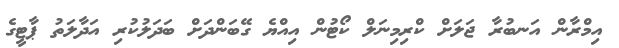
އިމްރާން އަނބުރާ ޖަލަށް ކްރިމިނަލް ކޯޓުން އިއްޔެ ގޭބަންދަށް ބަދަލުކުރި އަދާލަތު ޕާޓީގެ